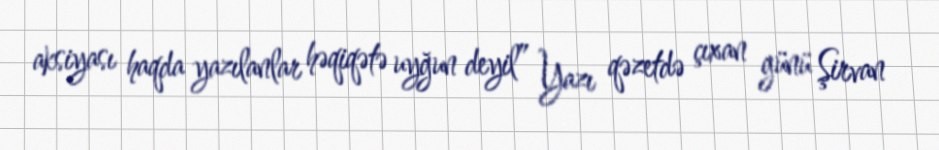
aksiyası haqda yazılanlar həqiqətə uyğun deyil” Yazı qəzetdə çıxan günü Şirvan